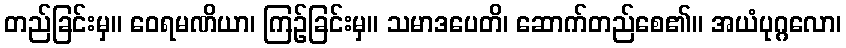
တည်ခြင်းမှ။ ဝေရမဏိယာ၊ ကြဉ်ခြင်းမှ။ သမာဒပေတိ၊ ဆောက်တည်စေ၏။ အယံပုဂ္ဂလော၊